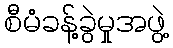
စီမံခန့်ခွဲမှုအဖွဲ့